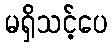
မရှိသင့်ပေ